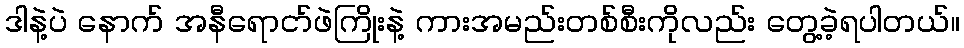
ဒါနဲ့ပဲ နောက် အနီရောငာ်ဖဲကြိုးနဲ့ ကားအမည်းတစ်စီးကိုလည်း တွေ့ခဲ့ရပါတယ်။